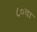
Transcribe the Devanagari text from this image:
८०वा